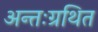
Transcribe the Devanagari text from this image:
अन्तःग्रथित